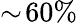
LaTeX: \sim\! 60\%